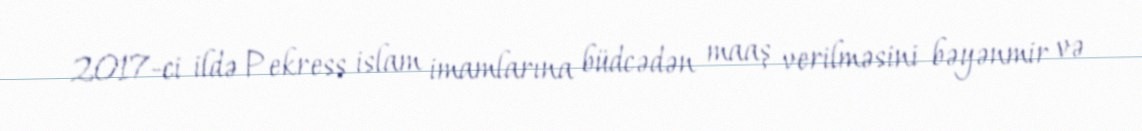
2017-ci ildə Pekress islam imamlarına büdcədən maaş verilməsini bəyənmir və